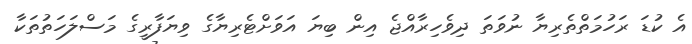
އެ ކުޑަ ރަހުމަތްތެރިޔާ ނުވަތަ ދިވެހިރާއްޖެ އިން ބިޔަ އަވަށްޓެރިޔާގެ ވިޔަފާރީގެ މަސްލަހަތުތަކާ